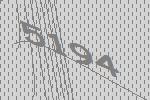
5194